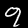
Digit: 9